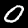
Digit: 0